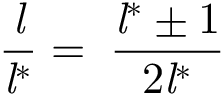
{ \frac { \mathit { l } } { { \mathit { l } } ^ { * } } } = \; { \frac { { \mathit { l } } ^ { * } \pm 1 } { 2 { \mathit { l } } ^ { * } } }